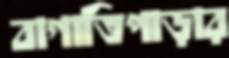
বাগাতিপাড়ার